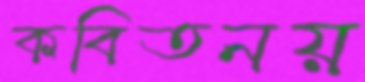
কবিতনয়